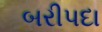
બરીપદા